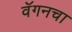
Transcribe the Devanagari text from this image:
वॅगनचा